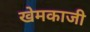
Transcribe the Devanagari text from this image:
खेमकाजी